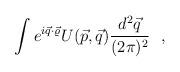
LaTeX: \begin{align*}\int e^{i\vec q\cdot \vec\varrho}U(\vec p,\vec q) \frac{d^2 \vec q }{(2\pi)^2}~~,\end{align*}